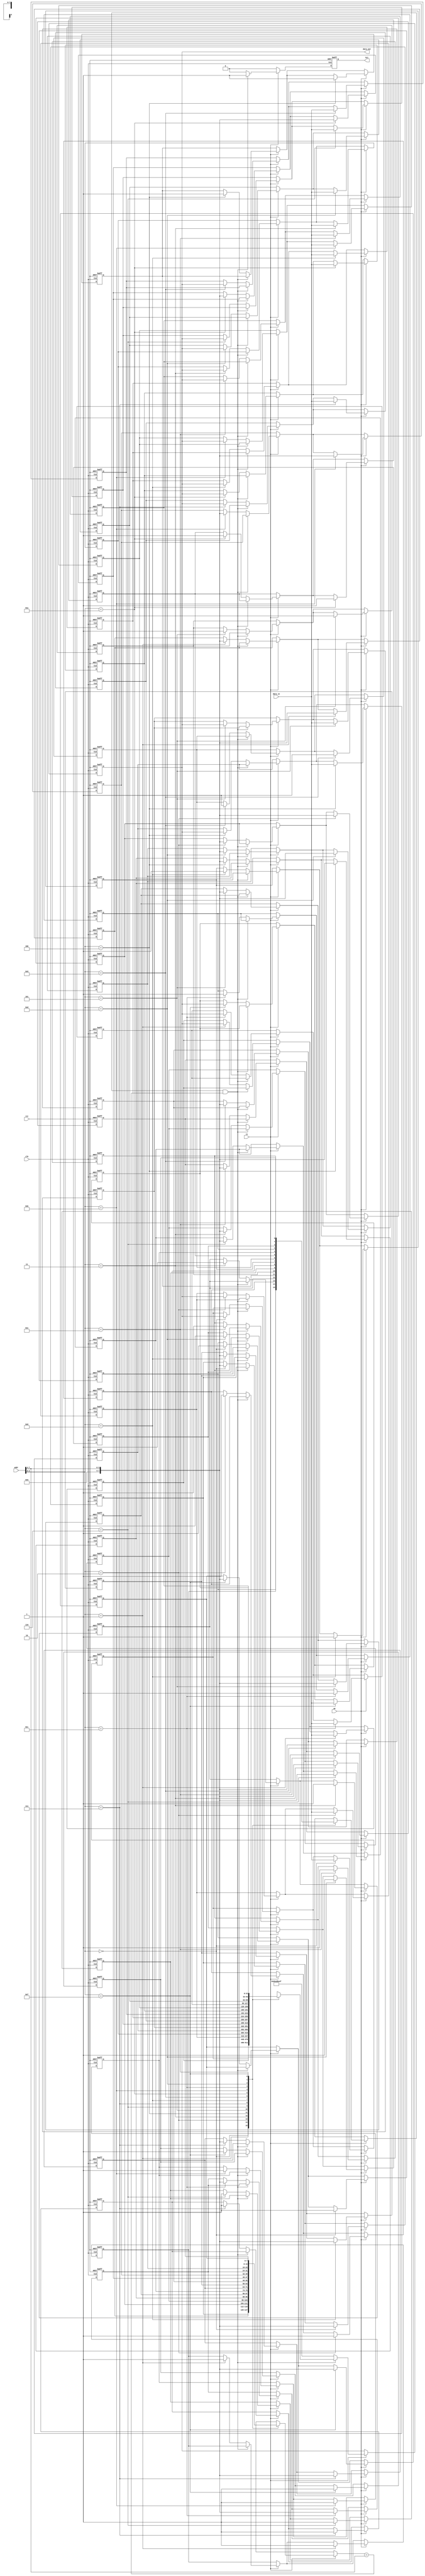
module WriteThroughCache (
    input wire clk,
    input wire rst,
    input wire we,           // Write Enable
    input wire re,           // Read Enable
    input wire [7:0] addr,   // Address (8-bits for simplicity)
    input wire [31:0] data_in, // Data Input (32-bits)
    output reg [31:0] data_out, // Data Output (32-bits)
    output reg hit               // Hit/Miss Indicator
);
    parameter CACHE_SIZE = 16; // 16 entries in the cache
    parameter TAG_WIDTH = 8; // 8 bits for tag (assuming we use 8-bit addresses)
    
    reg [31:0] cache_memory [0:CACHE_SIZE-1]; // Cache data array
    reg [TAG_WIDTH-1:0] tag_store [0:CACHE_SIZE-1]; // Tag storage
    reg valid [0:CACHE_SIZE-1]; // Valid bits for cache lines

    wire [3:0] index; // Cache index (4 bits for 16 entries)
    wire [TAG_WIDTH-1:0] tag; // Tag
    integer i;

    assign index = addr[3:0]; // Using lower bits as index
    assign tag = addr[7:4]; // Using upper bits as tag

    always @(posedge clk or posedge rst) begin
        if (rst) begin
            // Initialize cache on reset
            for (i = 0; i < CACHE_SIZE; i = i + 1) begin
                cache_memory[i] <= 32'b0;
                tag_store[i] <= {TAG_WIDTH{1'b0}};
                valid[i] <= 1'b0;
            end
            data_out <= 32'b0;
            hit <= 1'b0;
        end else begin
            hit <= 1'b0;

            // Read Operation
            if (re) begin
                if (valid[index] && (tag_store[index] == tag)) begin // Cache Hit
                    data_out <= cache_memory[index];
                    hit <= 1'b1;
                end else begin // Cache Miss
                    // Fetch from main memory (simulated here as just a read to a new value)
                    data_out <= memory_read(addr); // Replace with actual main memory read
                    cache_memory[index] <= data_out; // Update the cache
                    tag_store[index] <= tag;
                    valid[index] <= 1'b1;
                end
            end
            
            // Write Operation
            if (we) begin
                // Write to cache and memory (write-through)
                cache_memory[index] <= data_in;
                tag_store[index] <= tag; // Update tag in case it's a miss
                valid[index] <= 1'b1;
                memory_write(addr, data_in); // Replace with actual main memory write
            end
        end
    end

    // Simulated functions for main memory interaction
    function [31:0] memory_read(input [7:0] addr);
        memory_read = 32'hDEADBEEF; // Dummy data for simulation
    endfunction
    
    task memory_write(input [7:0] addr, input [31:0] data);
        // Dummy write function for simulation
    endtask

endmodule